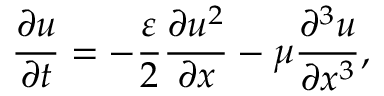
\frac { \partial u } { \partial t } = - \frac { \varepsilon } { 2 } \frac { \partial u ^ { 2 } } { \partial x } - \mu \frac { \partial ^ { 3 } u } { \partial x ^ { 3 } } ,